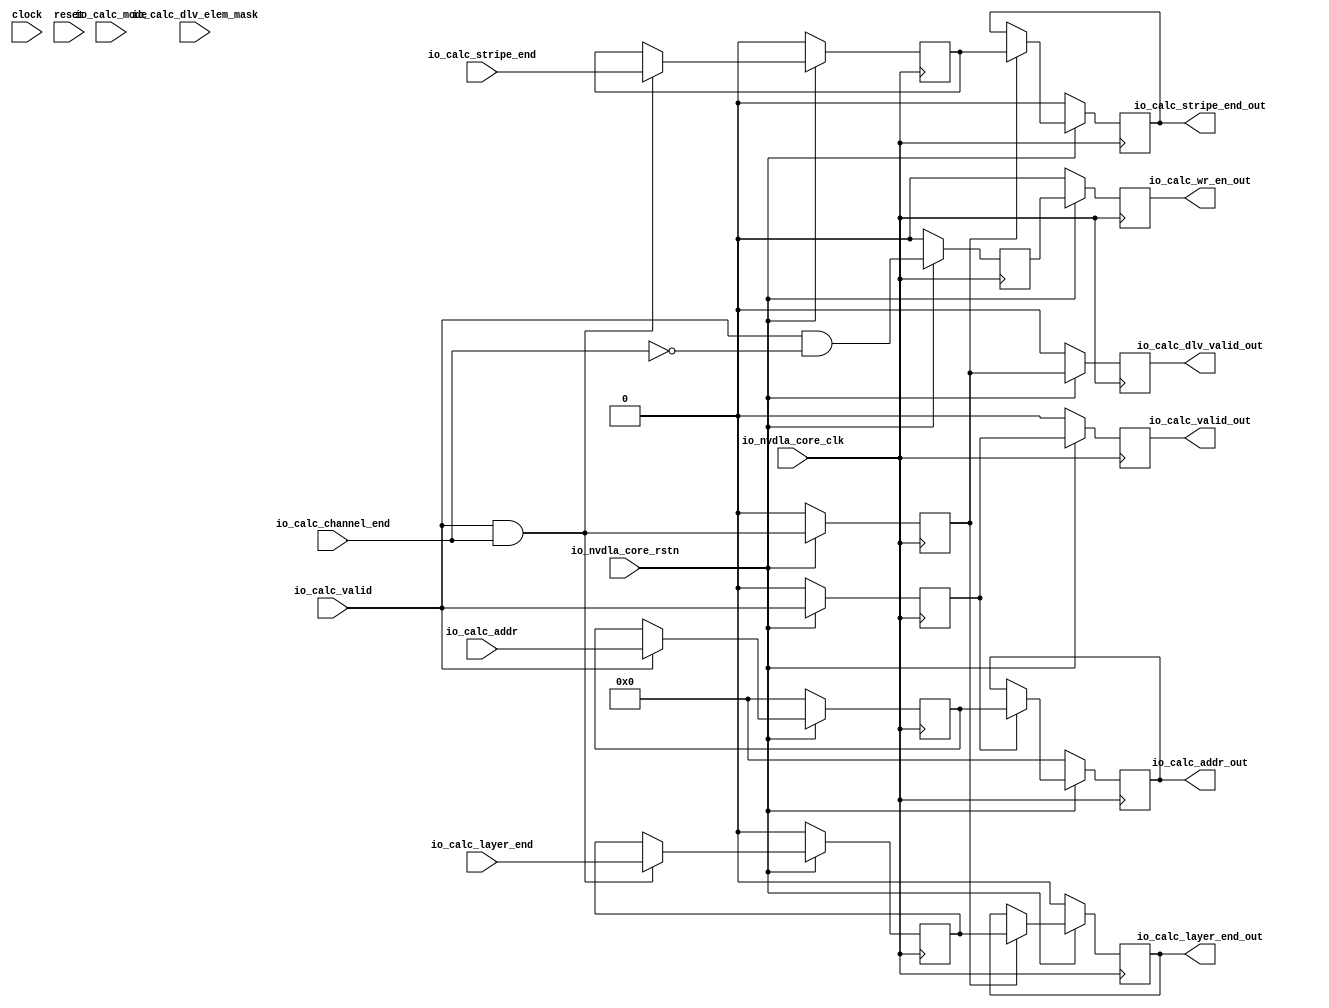
module NV_soDLA_CACC_calculator_bd_gate( // @[:@3.2]
  input        clock, // @[:@4.4]
  input        reset, // @[:@5.4]
  input        io_nvdla_core_clk, // @[:@6.4]
  input        io_nvdla_core_rstn, // @[:@6.4]
  input        io_calc_valid, // @[:@6.4]
  input  [5:0] io_calc_addr, // @[:@6.4]
  input  [2:0] io_calc_mode, // @[:@6.4]
  input        io_calc_stripe_end, // @[:@6.4]
  input        io_calc_channel_end, // @[:@6.4]
  input        io_calc_layer_end, // @[:@6.4]
  input        io_calc_dlv_elem_mask, // @[:@6.4]
  output       io_calc_valid_out, // @[:@6.4]
  output       io_calc_wr_en_out, // @[:@6.4]
  output [5:0] io_calc_addr_out, // @[:@6.4]
  output       io_calc_dlv_valid_out, // @[:@6.4]
  output       io_calc_stripe_end_out, // @[:@6.4]
  output       io_calc_layer_end_out // @[:@6.4]
);
  wire  _T_36; // @[NV_soDLA_CACC_calculator_bd_gate.scala 55:38:@8.4]
  wire  calc_dlv_valid; // @[NV_soDLA_CACC_calculator_bd_gate.scala 57:40:@9.4]
  wire  _T_37; // @[NV_soDLA_CACC_calculator_bd_gate.scala 58:39:@10.4]
  wire  calc_wr_en; // @[NV_soDLA_CACC_calculator_bd_gate.scala 58:36:@11.4]
  reg  _T_42; // @[NV_soDLA_CACC_calculator_bd_gate.scala 63:72:@13.4]
  reg [31:0] _RAND_0;
  reg  _T_45; // @[NV_soDLA_CACC_calculator_bd_gate.scala 63:72:@14.4]
  reg [31:0] _RAND_1;
  reg  _T_50; // @[NV_soDLA_CACC_calculator_bd_gate.scala 65:72:@16.4]
  reg [31:0] _RAND_2;
  reg  _T_53; // @[NV_soDLA_CACC_calculator_bd_gate.scala 65:72:@17.4]
  reg [31:0] _RAND_3;
  reg [5:0] _T_58; // @[NV_soDLA_CACC_calculator_bd_gate.scala 67:71:@19.4]
  reg [31:0] _RAND_4;
  reg [5:0] _T_61; // @[NV_soDLA_CACC_calculator_bd_gate.scala 67:71:@20.4]
  reg [31:0] _RAND_5;
  wire [5:0] _GEN_0; // @[NV_soDLA_CACC_calculator_bd_gate.scala 76:30:@26.4]
  wire [5:0] _GEN_1; // @[NV_soDLA_CACC_calculator_bd_gate.scala 76:30:@31.4]
  reg  _T_66; // @[NV_soDLA_CACC_calculator_bd_gate.scala 87:74:@38.4]
  reg [31:0] _RAND_6;
  reg  _T_69; // @[NV_soDLA_CACC_calculator_bd_gate.scala 87:74:@39.4]
  reg [31:0] _RAND_7;
  reg  _T_74; // @[NV_soDLA_CACC_calculator_bd_gate.scala 89:75:@41.4]
  reg [31:0] _RAND_8;
  reg  _T_77; // @[NV_soDLA_CACC_calculator_bd_gate.scala 89:75:@42.4]
  reg [31:0] _RAND_9;
  reg  _T_82; // @[NV_soDLA_CACC_calculator_bd_gate.scala 91:74:@44.4]
  reg [31:0] _RAND_10;
  reg  _T_85; // @[NV_soDLA_CACC_calculator_bd_gate.scala 91:74:@45.4]
  reg [31:0] _RAND_11;
  wire  _GEN_2; // @[NV_soDLA_CACC_calculator_bd_gate.scala 99:34:@50.4]
  wire  _GEN_3; // @[NV_soDLA_CACC_calculator_bd_gate.scala 99:34:@50.4]
  wire  _GEN_4; // @[NV_soDLA_CACC_calculator_bd_gate.scala 99:34:@55.4]
  wire  _GEN_5; // @[NV_soDLA_CACC_calculator_bd_gate.scala 99:34:@55.4]
  assign _T_36 = io_nvdla_core_rstn == 1'h0; // @[NV_soDLA_CACC_calculator_bd_gate.scala 55:38:@8.4]
  assign calc_dlv_valid = io_calc_valid & io_calc_channel_end; // @[NV_soDLA_CACC_calculator_bd_gate.scala 57:40:@9.4]
  assign _T_37 = ~ io_calc_channel_end; // @[NV_soDLA_CACC_calculator_bd_gate.scala 58:39:@10.4]
  assign calc_wr_en = io_calc_valid & _T_37; // @[NV_soDLA_CACC_calculator_bd_gate.scala 58:36:@11.4]
  assign _GEN_0 = io_calc_valid ? io_calc_addr : _T_58; // @[NV_soDLA_CACC_calculator_bd_gate.scala 76:30:@26.4]
  assign _GEN_1 = _T_42 ? _T_58 : _T_61; // @[NV_soDLA_CACC_calculator_bd_gate.scala 76:30:@31.4]
  assign _GEN_2 = calc_dlv_valid ? io_calc_stripe_end : _T_74; // @[NV_soDLA_CACC_calculator_bd_gate.scala 99:34:@50.4]
  assign _GEN_3 = calc_dlv_valid ? io_calc_layer_end : _T_82; // @[NV_soDLA_CACC_calculator_bd_gate.scala 99:34:@50.4]
  assign _GEN_4 = _T_66 ? _T_74 : _T_77; // @[NV_soDLA_CACC_calculator_bd_gate.scala 99:34:@55.4]
  assign _GEN_5 = _T_66 ? _T_82 : _T_85; // @[NV_soDLA_CACC_calculator_bd_gate.scala 99:34:@55.4]
  assign io_calc_valid_out = _T_45; // @[NV_soDLA_CACC_calculator_bd_gate.scala 81:23:@34.4]
  assign io_calc_wr_en_out = _T_53; // @[NV_soDLA_CACC_calculator_bd_gate.scala 82:23:@35.4]
  assign io_calc_addr_out = _T_61; // @[NV_soDLA_CACC_calculator_bd_gate.scala 83:22:@36.4]
  assign io_calc_dlv_valid_out = _T_69; // @[NV_soDLA_CACC_calculator_bd_gate.scala 105:27:@59.4]
  assign io_calc_stripe_end_out = _T_77; // @[NV_soDLA_CACC_calculator_bd_gate.scala 106:28:@60.4]
  assign io_calc_layer_end_out = _T_85; // @[NV_soDLA_CACC_calculator_bd_gate.scala 107:27:@61.4]
`ifdef RANDOMIZE_GARBAGE_ASSIGN
`define RANDOMIZE
`endif
`ifdef RANDOMIZE_INVALID_ASSIGN
`define RANDOMIZE
`endif
`ifdef RANDOMIZE_REG_INIT
`define RANDOMIZE
`endif
`ifdef RANDOMIZE_MEM_INIT
`define RANDOMIZE
`endif
`ifndef RANDOM
`define RANDOM $random
`endif
`ifdef RANDOMIZE
  integer initvar;
  initial begin
    `ifdef INIT_RANDOM
      `INIT_RANDOM
    `endif
    `ifndef VERILATOR
      #0.002 begin end
    `endif
  `ifdef RANDOMIZE_REG_INIT
  _RAND_0 = {1{`RANDOM}};
  _T_42 = _RAND_0[0:0];
  `endif // RANDOMIZE_REG_INIT
  `ifdef RANDOMIZE_REG_INIT
  _RAND_1 = {1{`RANDOM}};
  _T_45 = _RAND_1[0:0];
  `endif // RANDOMIZE_REG_INIT
  `ifdef RANDOMIZE_REG_INIT
  _RAND_2 = {1{`RANDOM}};
  _T_50 = _RAND_2[0:0];
  `endif // RANDOMIZE_REG_INIT
  `ifdef RANDOMIZE_REG_INIT
  _RAND_3 = {1{`RANDOM}};
  _T_53 = _RAND_3[0:0];
  `endif // RANDOMIZE_REG_INIT
  `ifdef RANDOMIZE_REG_INIT
  _RAND_4 = {1{`RANDOM}};
  _T_58 = _RAND_4[5:0];
  `endif // RANDOMIZE_REG_INIT
  `ifdef RANDOMIZE_REG_INIT
  _RAND_5 = {1{`RANDOM}};
  _T_61 = _RAND_5[5:0];
  `endif // RANDOMIZE_REG_INIT
  `ifdef RANDOMIZE_REG_INIT
  _RAND_6 = {1{`RANDOM}};
  _T_66 = _RAND_6[0:0];
  `endif // RANDOMIZE_REG_INIT
  `ifdef RANDOMIZE_REG_INIT
  _RAND_7 = {1{`RANDOM}};
  _T_69 = _RAND_7[0:0];
  `endif // RANDOMIZE_REG_INIT
  `ifdef RANDOMIZE_REG_INIT
  _RAND_8 = {1{`RANDOM}};
  _T_74 = _RAND_8[0:0];
  `endif // RANDOMIZE_REG_INIT
  `ifdef RANDOMIZE_REG_INIT
  _RAND_9 = {1{`RANDOM}};
  _T_77 = _RAND_9[0:0];
  `endif // RANDOMIZE_REG_INIT
  `ifdef RANDOMIZE_REG_INIT
  _RAND_10 = {1{`RANDOM}};
  _T_82 = _RAND_10[0:0];
  `endif // RANDOMIZE_REG_INIT
  `ifdef RANDOMIZE_REG_INIT
  _RAND_11 = {1{`RANDOM}};
  _T_85 = _RAND_11[0:0];
  `endif // RANDOMIZE_REG_INIT
  end
`endif // RANDOMIZE
  always @(posedge io_nvdla_core_clk) begin
    if (_T_36) begin
      _T_42 <= 1'h0;
    end else begin
      _T_42 <= io_calc_valid;
    end
    if (_T_36) begin
      _T_45 <= 1'h0;
    end else begin
      _T_45 <= _T_42;
    end
    if (_T_36) begin
      _T_50 <= 1'h0;
    end else begin
      _T_50 <= calc_wr_en;
    end
    if (_T_36) begin
      _T_53 <= 1'h0;
    end else begin
      _T_53 <= _T_50;
    end
    if (_T_36) begin
      _T_58 <= 6'h0;
    end else begin
      if (io_calc_valid) begin
        _T_58 <= io_calc_addr;
      end
    end
    if (_T_36) begin
      _T_61 <= 6'h0;
    end else begin
      if (_T_42) begin
        _T_61 <= _T_58;
      end
    end
    if (_T_36) begin
      _T_66 <= 1'h0;
    end else begin
      _T_66 <= calc_dlv_valid;
    end
    if (_T_36) begin
      _T_69 <= 1'h0;
    end else begin
      _T_69 <= _T_66;
    end
    if (_T_36) begin
      _T_74 <= 1'h0;
    end else begin
      if (calc_dlv_valid) begin
        _T_74 <= io_calc_stripe_end;
      end
    end
    if (_T_36) begin
      _T_77 <= 1'h0;
    end else begin
      if (_T_66) begin
        _T_77 <= _T_74;
      end
    end
    if (_T_36) begin
      _T_82 <= 1'h0;
    end else begin
      if (calc_dlv_valid) begin
        _T_82 <= io_calc_layer_end;
      end
    end
    if (_T_36) begin
      _T_85 <= 1'h0;
    end else begin
      if (_T_66) begin
        _T_85 <= _T_82;
      end
    end
  end
endmodule